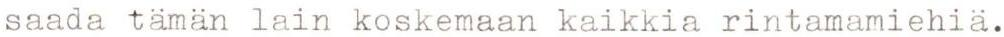
saada tämän lain koskemaan kaikkia rintamamiehiä.